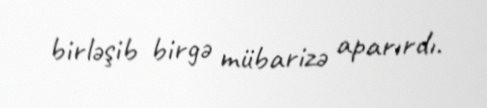
birləşib birgə mübarizə aparırdı.